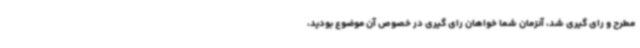
مطرح و رای گیری شد، آنزمان شما خواهان رای گیری در خصوص آن موضوع بودید،